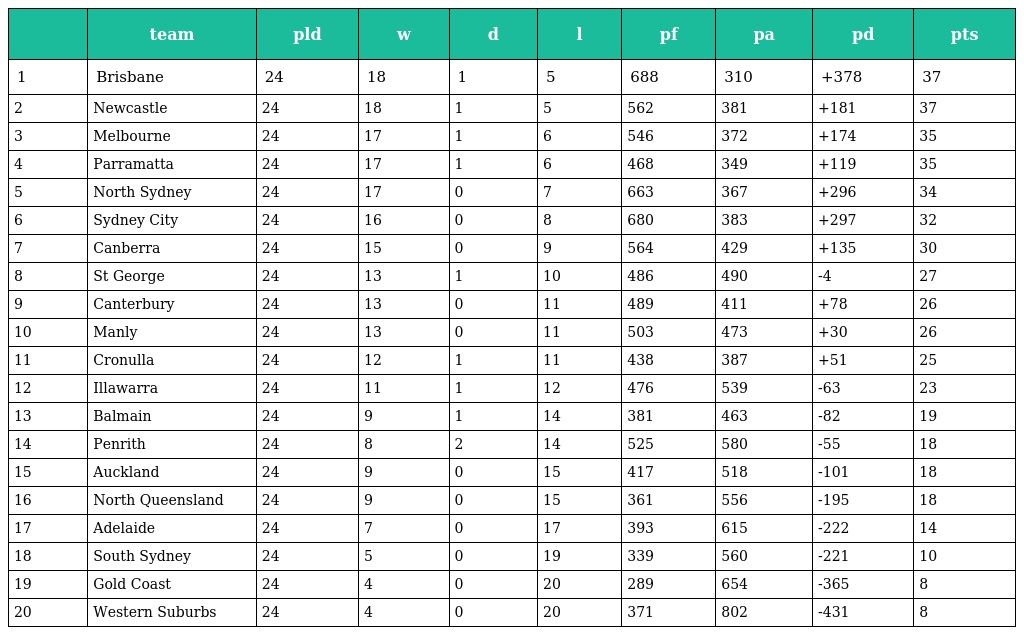
|  | team | pld | w | d | l | pf | pa | pd | pts |
 | --- | --- | --- | --- | --- | --- | --- | --- | --- | --- |
 | 1 | Brisbane | 24 | 18 | 1 | 5 | 688 | 310 | +378 | 37 |
 | 2 | Newcastle | 24 | 18 | 1 | 5 | 562 | 381 | +181 | 37 |
 | 3 | Melbourne | 24 | 17 | 1 | 6 | 546 | 372 | +174 | 35 |
 | 4 | Parramatta | 24 | 17 | 1 | 6 | 468 | 349 | +119 | 35 |
 | 5 | North Sydney | 24 | 17 | 0 | 7 | 663 | 367 | +296 | 34 |
 | 6 | Sydney City | 24 | 16 | 0 | 8 | 680 | 383 | +297 | 32 |
 | 7 | Canberra | 24 | 15 | 0 | 9 | 564 | 429 | +135 | 30 |
 | 8 | St George | 24 | 13 | 1 | 10 | 486 | 490 | -4 | 27 |
 | 9 | Canterbury | 24 | 13 | 0 | 11 | 489 | 411 | +78 | 26 |
 | 10 | Manly | 24 | 13 | 0 | 11 | 503 | 473 | +30 | 26 |
 | 11 | Cronulla | 24 | 12 | 1 | 11 | 438 | 387 | +51 | 25 |
 | 12 | Illawarra | 24 | 11 | 1 | 12 | 476 | 539 | -63 | 23 |
 | 13 | Balmain | 24 | 9 | 1 | 14 | 381 | 463 | -82 | 19 |
 | 14 | Penrith | 24 | 8 | 2 | 14 | 525 | 580 | -55 | 18 |
 | 15 | Auckland | 24 | 9 | 0 | 15 | 417 | 518 | -101 | 18 |
 | 16 | North Queensland | 24 | 9 | 0 | 15 | 361 | 556 | -195 | 18 |
 | 17 | Adelaide | 24 | 7 | 0 | 17 | 393 | 615 | -222 | 14 |
 | 18 | South Sydney | 24 | 5 | 0 | 19 | 339 | 560 | -221 | 10 |
 | 19 | Gold Coast | 24 | 4 | 0 | 20 | 289 | 654 | -365 | 8 |
 | 20 | Western Suburbs | 24 | 4 | 0 | 20 | 371 | 802 | -431 | 8 |